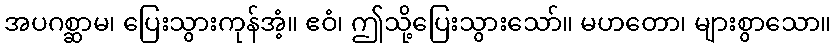
အပဂစ္ဆာမ၊ ပြေးသွားကုန်အံ့။ ဧဝံ၊ ဤသို့ပြေးသွားသော်။ မဟတော၊ များစွာသော။